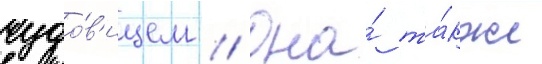
чудо́в'ищем // Она́ та́кже